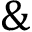
\&